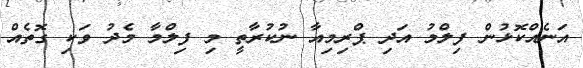
އަނެއްކޮޅުން ފިލްމު އަދި ޕްރިމިއާ ނުކުރާތީ މި ފިލްމާ މެދު ވަކި ގޮތެއް